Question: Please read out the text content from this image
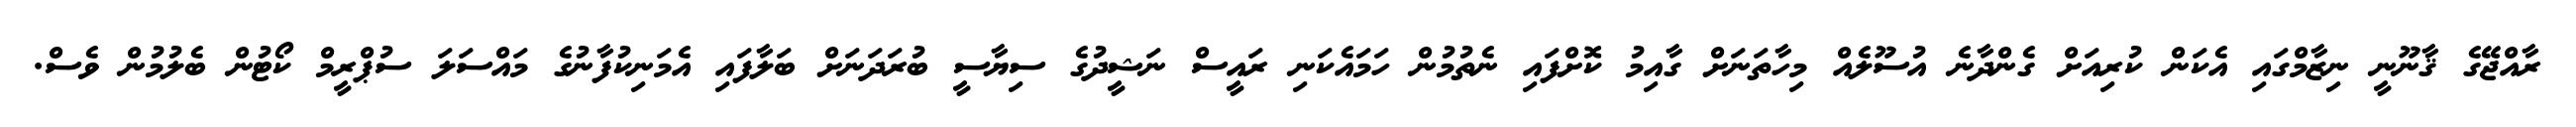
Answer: ރާއްޖޭގެ ޤާނޫނީ ނިޒާމްގައި އެކަން ކުރިއަށް ގެންދާނެ އުސޫލެއް މިހާތަނަށް ގާއިމު ކޮށްފައި ނެތުމުން ހަމައެކަނި ރައީސް ނަޝީދުގެ ސިޔާސީ ބުރަދަނަށް ބަލާފައި އެމަނިކުފާނުގެ މައްސަލަ ސުޕްރީމް ކޯޓުން ބެލުމުން ވެސް.